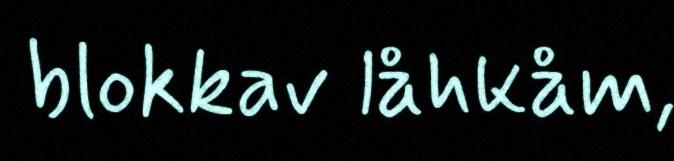
blokkav låhkåm,